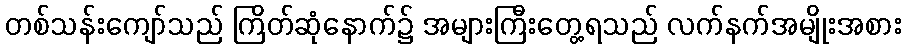
တစ်သန်းကျော်သည် ကြိတ်ဆုံနောက်၌ အများကြီးတွေ့ရသည် လက်နက်အမျိုးအစား